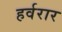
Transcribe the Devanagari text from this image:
हर्वरार